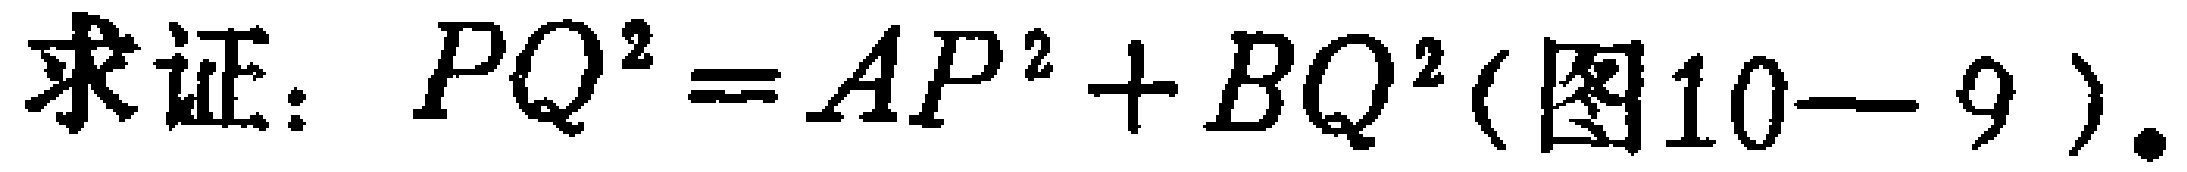
求证：\(PQ^{2}=AP^{2}+BQ^{2}(\text{图}10 - 9)\)。